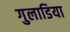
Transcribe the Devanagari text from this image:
गुलाडिया